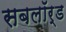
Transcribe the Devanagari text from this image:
सबलॉर्ड